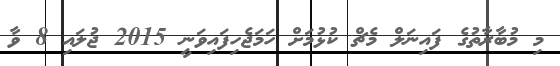
މި މުބާރާތުގެ ފައިނަލް މެޗް ކުޅުމަށް ހަމަޖެހިފައިވަނީ 2015 ޖުލައި 8 ވާ